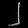
Digit: ၂